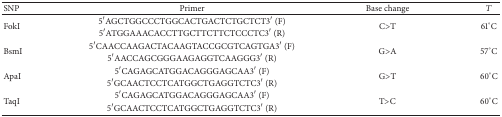
<table><thead><tr><td><b>SNP</b></td><td><b>Primer</b></td><td><b>Base change </b></td><td><b><i>T</i></b></td></tr></thead><tbody><tr><td rowspan="2">FokI</td><td>5′AGCTGGCCCTGGCACTGACTCTGCTCT3′ (F)</td><td rowspan="2">C&gt;T</td><td rowspan="2">61°C</td></tr><tr><td>5′ATGGAAACACCTTGCTTCTTCTCCCTC3′ (R)</td></tr><tr><td rowspan="2">BsmI</td><td>5′CAACCAAGACTACAAGTACCGCGTCAGTGA3′ (F)</td><td rowspan="2">G&gt;A</td><td rowspan="2">57°C</td></tr><tr><td>5′AACCAGCGGGAAGAGGTCAAGGG3′ (R)</td></tr><tr><td rowspan="2">ApaI</td><td>5′CAGAGCATGGACAGGGAGCAA3′ (F)</td><td rowspan="2">G&gt;T</td><td rowspan="2">60°C</td></tr><tr><td>5′GCAACTCCTCATGGCTGAGGTCTC3′ (R)</td></tr><tr><td rowspan="2">TaqI</td><td>5′CAGAGCATGGACAGGGAGCAA3′ (F)</td><td rowspan="2">T&gt;C</td><td rowspan="2">60°C</td></tr><tr><td>5′GCAACTCCTCATGGCTGAGGTCTC3′ (R)</td></tr></tbody></table>